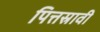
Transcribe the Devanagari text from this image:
पित्तस्रावी